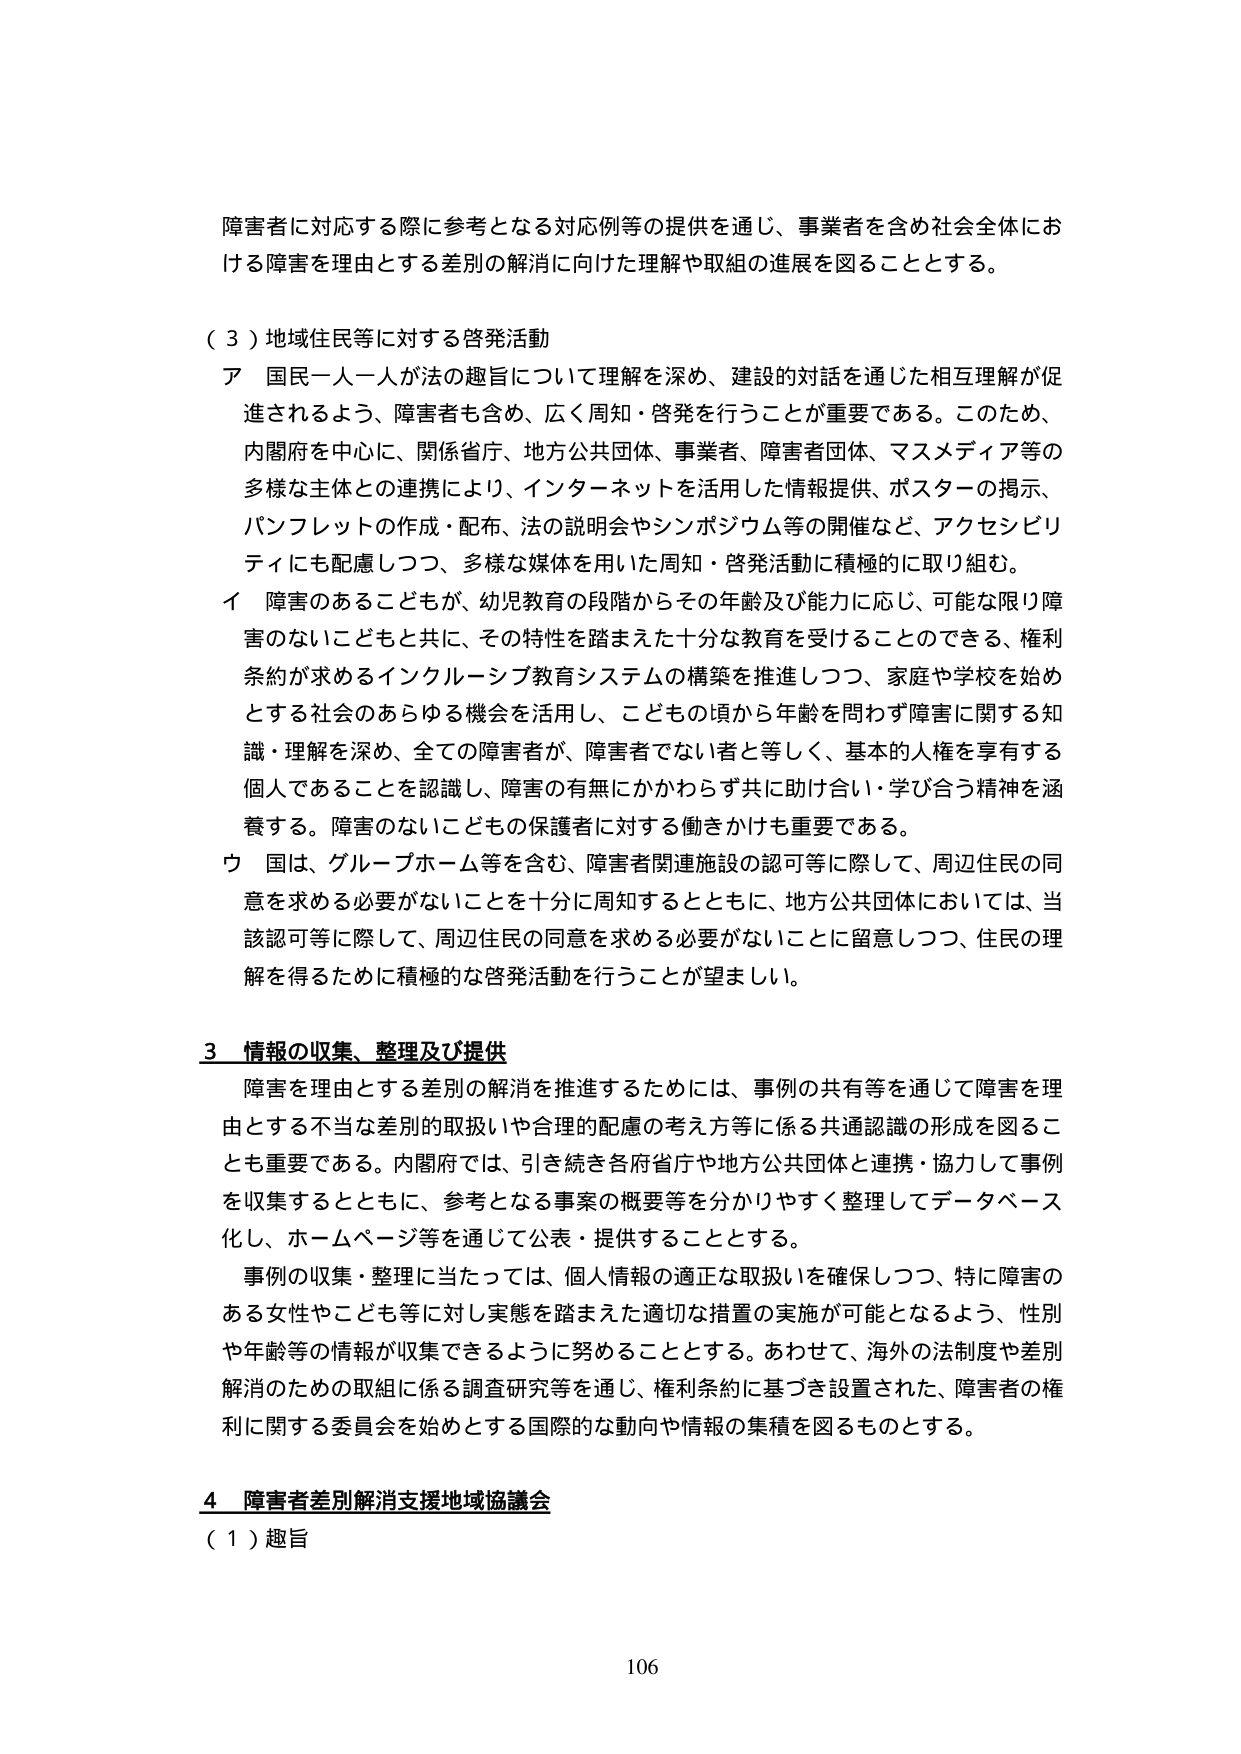
障害者に対応する際に参考となる対応例等の提供を通じ、事業者を含め社会全体における障害を理由とする差別の解消に向けた理解や取組の進展を図ることとする。

（３）地域住民等に対する啓発活動
ア 国民一人一人が法の趣旨について理解を深め、建設的対話を通じた相互理解が促進されるよう、障害者も含め、広く周知・啓発を行うことが重要である。このため、内閣府を中心に、関係省庁、地方公共団体、事業者、障害者団体、マスメディア等の多様な主体との連携により、インターネットを活用した情報提供、ポスターの掲示、パンフレットの作成・配布、法の説明会やシンポジウム等の開催など、アクセシビリティにも配慮しつつ、多様な媒体を用いた周知・啓発活動に積極的に取り組む。
イ 障害のあるこどもが、幼児教育の段階からその年齢及び能力に応じ、可能な限り障害のないこどもと共に、その特性を踏まえた十分な教育を受けられることのできる、権利条約が求めるインクルーシブ教育システムの構築を推進しつつ、家庭や学校を始めとする社会のあらゆる機会を活用し、こどもの頃から年齢を問わず障害に関する知識・理解を深め、全ての障害者が、障害者でない者と等しく、基本的人権を享有する個人であることを認識し、障害の有無にかかわらず共に助け合い・学び合う精神を涵養する。障害のないこどもの保護者に対する働きかけも重要である。
ウ 国は、グループホーム等を含む、障害者関連施設の認可等に際して、周辺住民の同意を求める必要がないことを十分に周知するとともに、地方公共団体においては、当該認可等に際して、周辺住民の同意を求める必要がないことに留意しつつ、住民の理解を得るために積極的な啓発活動を行うことが望ましい。

３ 情報の収集、整理及び提供
障害を理由とする差別の解消を推進するためには、事例の共有等を通じて障害を理由とする不当な差別的取扱いや合理的配慮の考え方等に係る共通認識の形成を図ることも重要である。内閣府では、引き続き各府省庁や地方公共団体と連携・協力して事例を収集するとともに、参考となる事案の概要等を分かりやすく整理してデータベース化し、ホームページ等を通じて公表・提供することとする。
事例の収集・整理に当たっては、個人情報の適正な取扱いを確保しつつ、特に障害のある女性やこども等に対し実態を踏まえた適切な措置の実施が可能となるよう、性別や年齢等の情報が収集できるように努めることとする。あわせて、海外の法制度や差別解消のための取組に係る調査研究等を通じ、権利条約に基づき設置された、障害者の権利に関する委員会を始めとする国際的な動向や情報の集積を図るものとする。

４ 障害者差別解消支援地域協議会
（１）趣旨

106